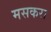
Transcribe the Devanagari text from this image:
मसकरा